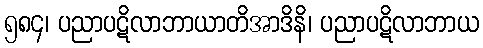
၅၈၄၊ ပညာပဋိလာဘာယာတိအာဒိနိ၊ ပညာပဋိလာဘာယ